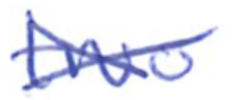
Text: two
Cross-out: cross
Writing tool: ballpoint